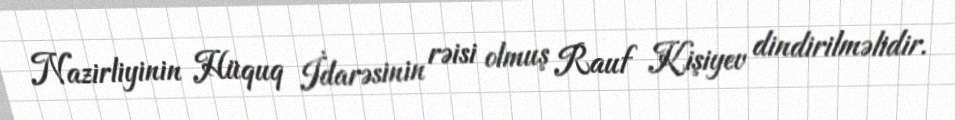
Nazirliyinin Hüquq İdarəsinin rəisi olmuş Rauf Kişiyev dindirilməlidir.